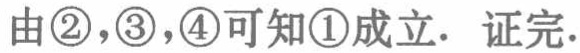
由\textcircled{2}，\textcircled{3}，\textcircled{4}可知\textcircled{1}成立. 证完.